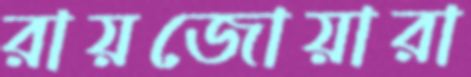
রায়জোয়ারা